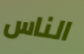
الناس